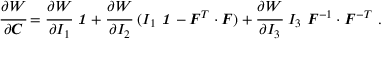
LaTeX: { \cfrac { \partial W } { \partial { \boldsymbol { C } } } } = { \cfrac { \partial W } { \partial I _ { 1 } } } ~ { \boldsymbol { \mathit { 1 } } } + { \cfrac { \partial W } { \partial I _ { 2 } } } ~ ( I _ { 1 } ~ { \boldsymbol { \mathit { 1 } } } - { \boldsymbol { F } } ^ { T } \cdot { \boldsymbol { F } } ) + { \cfrac { \partial W } { \partial I _ { 3 } } } ~ I _ { 3 } ~ { \boldsymbol { F } } ^ { - 1 } \cdot { \boldsymbol { F } } ^ { - T } ~ .